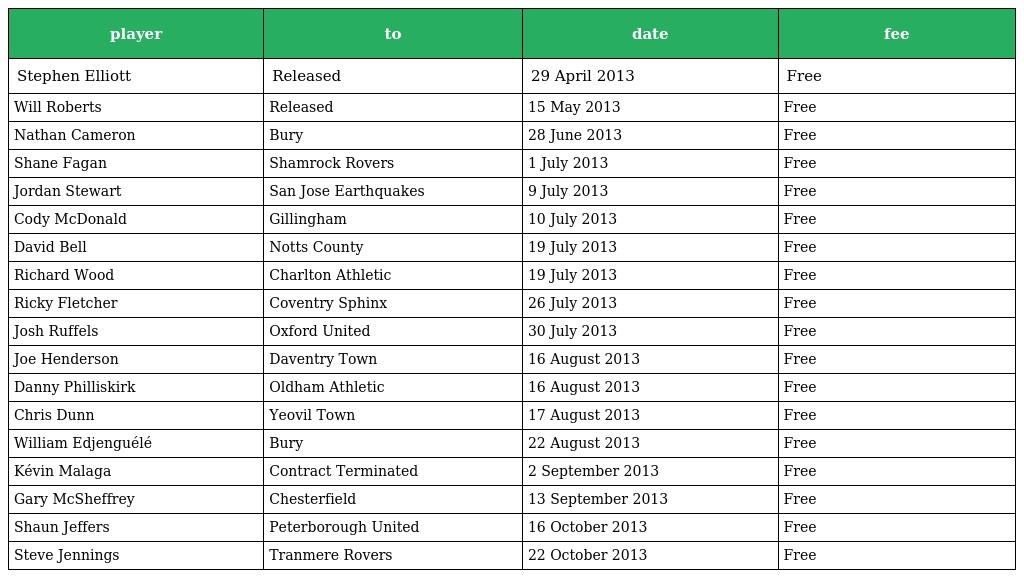
| player | to | date | fee |
 | --- | --- | --- | --- |
 | Stephen Elliott | Released | 29 April 2013 | Free |
 | Will Roberts | Released | 15 May 2013 | Free |
 | Nathan Cameron | Bury | 28 June 2013 | Free |
 | Shane Fagan | Shamrock Rovers | 1 July 2013 | Free |
 | Jordan Stewart | San Jose Earthquakes | 9 July 2013 | Free |
 | Cody McDonald | Gillingham | 10 July 2013 | Free |
 | David Bell | Notts County | 19 July 2013 | Free |
 | Richard Wood | Charlton Athletic | 19 July 2013 | Free |
 | Ricky Fletcher | Coventry Sphinx | 26 July 2013 | Free |
 | Josh Ruffels | Oxford United | 30 July 2013 | Free |
 | Joe Henderson | Daventry Town | 16 August 2013 | Free |
 | Danny Philliskirk | Oldham Athletic | 16 August 2013 | Free |
 | Chris Dunn | Yeovil Town | 17 August 2013 | Free |
 | William Edjenguélé | Bury | 22 August 2013 | Free |
 | Kévin Malaga | Contract Terminated | 2 September 2013 | Free |
 | Gary McSheffrey | Chesterfield | 13 September 2013 | Free |
 | Shaun Jeffers | Peterborough United | 16 October 2013 | Free |
 | Steve Jennings | Tranmere Rovers | 22 October 2013 | Free |